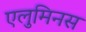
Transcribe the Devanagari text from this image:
एलुमिनस